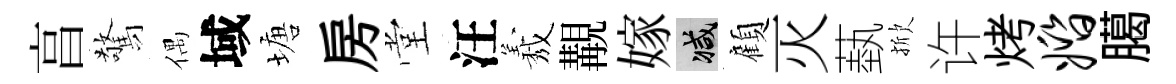
亯驚偶域塘房堂汪𦏁覯嫁减顧灭蓺掀许烤婚臈